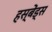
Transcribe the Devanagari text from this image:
हस्बेंड्स